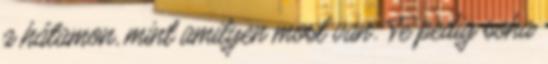
a hátamon, mint amilyen most van. Te pedig soha